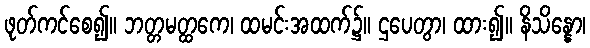
ဖုတ်ကင်စေ၍။ ဘတ္တမတ္ထကေ၊ ထမင်းအထက်၌။ ဌပေတွာ၊ ထား၍။ နိသိန္နော၊